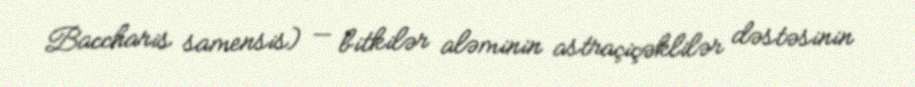
Baccharis samensis) — bitkilər aləminin astraçiçəklilər dəstəsinin